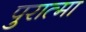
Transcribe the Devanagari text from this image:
पुरात्मा